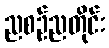
ညစဉ်ညတိုင်း